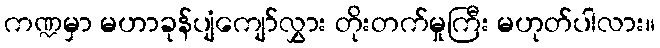
ကဏ္ဍမှာ မဟာခုန်ပျံကျော်လွှား တိုးတက်မှုကြီး မဟုတ်ပါလား။